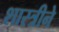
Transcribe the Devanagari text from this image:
शास्त्रीने